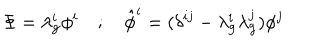
\Phi = \lambda _ { \bf g } ^ { i } \phi ^ { i } ; \hat { \phi } ^ { i } = ( \delta ^ { i j } - \lambda _ { \bf g } ^ { i } \lambda _ { \bf g } ^ { j } ) \phi ^ { j }